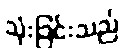
သုံးခြင်းသည်